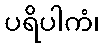
ပရိပါကံ၊